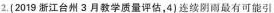
2. (2019 浙江台州 3 月教学质量评估，4)连续阴雨最有可能引